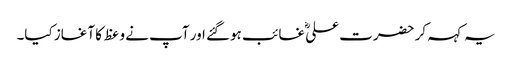
یہ کہہ کر حضرت علیؓ غائب ہوگئے اور آپ نے وعظ کا آغاز کیا۔